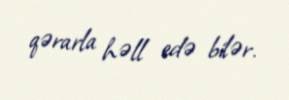
qərarla həll edə bilər.